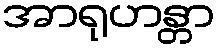
အာရုဟန္တာ